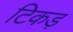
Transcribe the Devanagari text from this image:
टिकड़